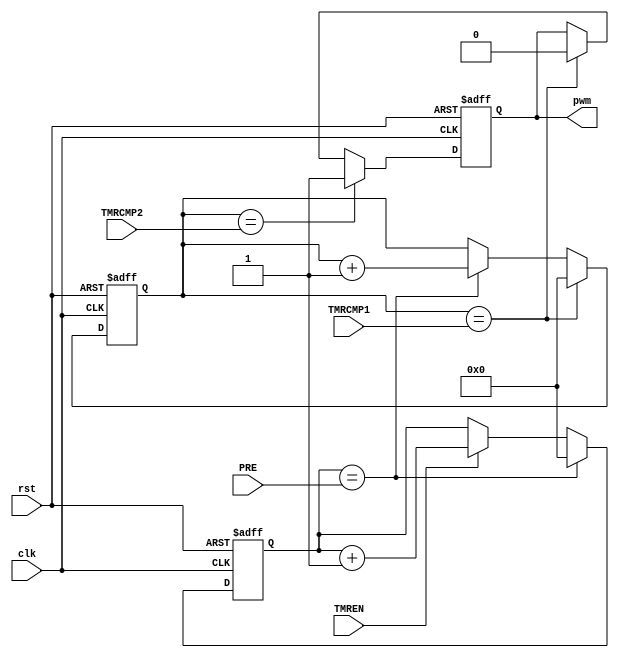
// SPDX-FileCopyrightText: 2020 Mohamed Shalan
//
// Licensed under the Apache License, Version 2.0 (the "License");
// you may not use this file except in compliance with the License.
// You may obtain a copy of the License at
//
//      http://www.apache.org/licenses/LICENSE-2.0
//
// Unless required by applicable law or agreed to in writing, software
// distributed under the License is distributed on an "AS IS" BASIS,
// WITHOUT WARRANTIES OR CONDITIONS OF ANY KIND, either express or implied.
// See the License for the specific language governing permissions and
// limitations under the License.
// SPDX-License-Identifier: Apache-2.0


/*
	A simple 32-bit PWM generator
	PRE: clock prescalar (tmer_clk = clk / (PRE+1))
	TMRCMP1: Timer CMP register (period)
	TMRCMP2: PWN level change Comparator

	PWM period = (TMRCMP1 + 1)/timer_clk = (TMRCMP1 + 1)*(PRE + 1)/clk
	PWM off cyle % = (TMRCMP1 + 1)/(TMRCMP2 + 1)
*/

`timescale 1ns/1ps
`default_nettype none

module PWM32 (
		input wire clk,
		input wire rst,
		input wire [31:0] PRE,
		input wire [31:0] TMRCMP1,
		input wire [31:0] TMRCMP2,
		input wire 				TMREN,
		output reg pwm
	);

	reg [31:0]	TMR;
	reg [31:0] 	clkdiv;
	wire 		timer_clk = (clkdiv==PRE) ;
	wire 		tmrov = (TMR == TMRCMP1);
	wire 		pwmov = (TMR == TMRCMP2);

	// Prescalar
	always @(posedge clk or posedge rst)
	begin
		if(rst)
			clkdiv <= 32'd0;
		else if(timer_clk)
			clkdiv <= 32'd0;
		else if(TMREN)
			clkdiv <= clkdiv + 32'd1;
	end

	// Timer
	always @(posedge clk or posedge rst)
	begin
		if(rst)
			TMR <= 32'd0;
		else if(tmrov)
			TMR <= 32'd0;
		else if(timer_clk)
			TMR <= TMR + 32'd1;
	end

	// PWM Output
	always @(posedge clk or posedge rst)
	begin
		if(rst)
			pwm <= 1'd0;
		else if(pwmov)
			pwm <= 1'd1;
		else if (tmrov)
			pwm <= 1'd0;
	end

endmodule